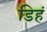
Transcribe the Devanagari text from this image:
डिहं